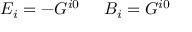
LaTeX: E _ { i } = - { \cal G } ^ { i 0 } \; \; \; \; \; B _ { i } = G ^ { i 0 }